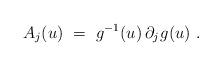
LaTeX: \begin{align*} A_j(u)~=~g^{-1}(u) \, \partial_j \>\! g(u)~.\end{align*}